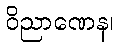
ဝိညာဏေန၊